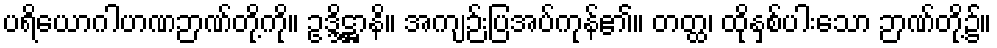
ပရိယောဂါဟဏဉာဏ်တို့ကို။ ဥဒ္ဒိဋ္ဌာနိ။ အကျဉ်းပြအပ်ကုန်၏။ တတ္ထ၊ ထိုနှစ်ပါးသော ဉာဏ်တို့၌။